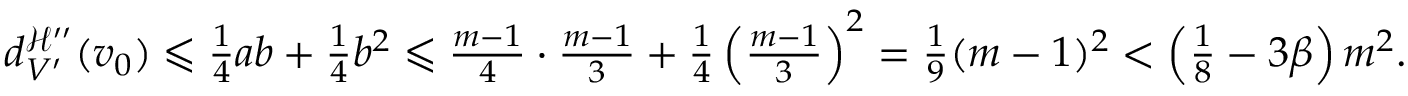
\begin{array} { r } { d _ { V ^ { \prime } } ^ { \mathcal { H } ^ { \prime \prime } } ( v _ { 0 } ) \leqslant \frac { 1 } { 4 } a b + \frac { 1 } { 4 } b ^ { 2 } \leqslant \frac { m - 1 } { 4 } \cdot \frac { m - 1 } { 3 } + \frac { 1 } { 4 } \left( \frac { m - 1 } { 3 } \right) ^ { 2 } = \frac { 1 } { 9 } ( m - 1 ) ^ { 2 } < \left( \frac { 1 } { 8 } - 3 \beta \right) m ^ { 2 } . } \end{array}